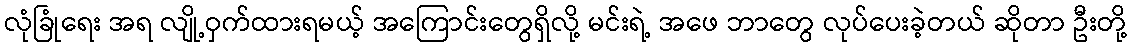
လုံခြုံရေး အရ လျို့ဝှက်ထားရမယ့် အကြောင်းတွေရှိလို့ မင်းရဲ့ အဖေ ဘာတွေ လုပ်ပေးခဲ့တယ် ဆိုတာ ဦးတို့